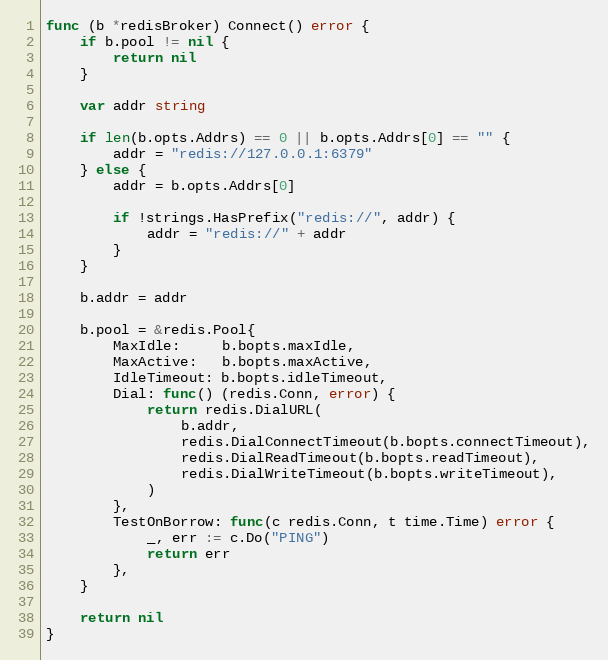
Language: Go
func (b *redisBroker) Connect() error {
	if b.pool != nil {
		return nil
	}

	var addr string

	if len(b.opts.Addrs) == 0 || b.opts.Addrs[0] == "" {
		addr = "redis://127.0.0.1:6379"
	} else {
		addr = b.opts.Addrs[0]

		if !strings.HasPrefix("redis://", addr) {
			addr = "redis://" + addr
		}
	}

	b.addr = addr

	b.pool = &redis.Pool{
		MaxIdle:     b.bopts.maxIdle,
		MaxActive:   b.bopts.maxActive,
		IdleTimeout: b.bopts.idleTimeout,
		Dial: func() (redis.Conn, error) {
			return redis.DialURL(
				b.addr,
				redis.DialConnectTimeout(b.bopts.connectTimeout),
				redis.DialReadTimeout(b.bopts.readTimeout),
				redis.DialWriteTimeout(b.bopts.writeTimeout),
			)
		},
		TestOnBorrow: func(c redis.Conn, t time.Time) error {
			_, err := c.Do("PING")
			return err
		},
	}

	return nil
}